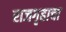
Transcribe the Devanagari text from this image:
राजगृहाचा